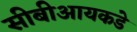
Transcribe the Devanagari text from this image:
सीबीआयकडे